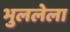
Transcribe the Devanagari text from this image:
भुललेला